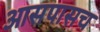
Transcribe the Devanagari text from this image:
आसपासच